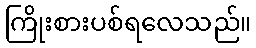
ကြိုးစားပစ်ရလေသည်။